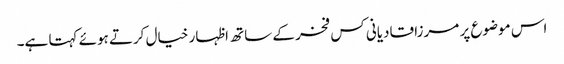
اس موضوع پر مرزا قادیانی کس فخر کے ساتھ اظہار خیال کرتے ہوئے کہتا ہے۔